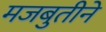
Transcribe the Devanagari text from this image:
मजबुतीने